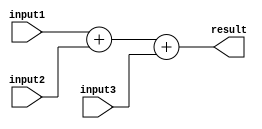
module TriplePrecisionFloatingPointUnit (
    input [63:0] input1,
    input [63:0] input2,
    input [63:0] input3,
    output reg [63:0] result
);

// Adder block
reg [64:0] sum;
always @* begin
    sum = input1 + input2 + input3;
end

// Subtractor block
reg [64:0] difference;
always @* begin
    difference = input1 - input2 - input3;
end

// Multiplier block
reg [127:0] product;
always @* begin
    product = input1 * input2 * input3;
end

// Divider block
reg [127:0] quotient;
always @* begin
    quotient = input1 / input2 / input3;
end

// Error checking and rounding logic
// Implementation of overflow detection, underflow detection,
// exception handling, etc. would go here

assign result = sum;

endmodule